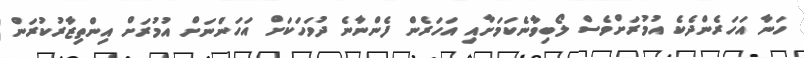
ހަނާ އަހަރެންދެކެ އުމުރަށްވެސް ލޯބިވާނެކަމަށާއި އަހަރެން ފެންނާނެ ދުވަހަކަށް އަހަންނަށް އުމުރަށް އިންތިޒާރުކުރަން